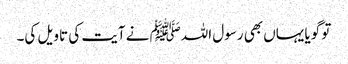
تو گویا یہاں بھی رسول اللہﷺ نے آیت کی تاویل کی۔